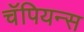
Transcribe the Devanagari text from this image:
चॅपियन्स